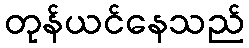
တုန်ယင်နေသည်